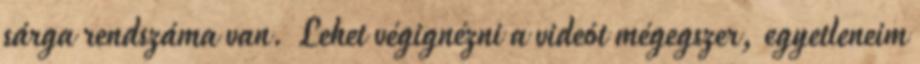
sárga rendszáma van. Lehet végignézni a videót mégegszer, egyetleneim